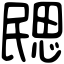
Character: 㥸